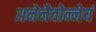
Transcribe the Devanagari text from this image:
अनेनैवोन्नेयं